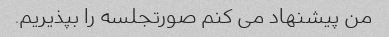
من پیشنهاد می کنم صورتجلسه را بپذیریم.